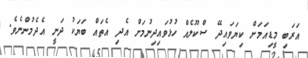
އަރަބި މީޑިއަމަށް ކިޔަވައިދޭ ސްކޫލެއް ހުޅުވައިދިނުމަށް އެދި އެތައް ބަޔަކު ދަނީ އެދެމުންނެވެ.